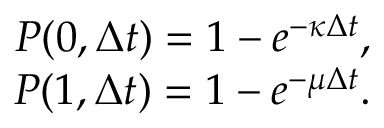
\begin{array} { r } { P ( 0 , \Delta t ) = 1 - e ^ { - \kappa \Delta t } , } \\ { P ( 1 , \Delta t ) = 1 - e ^ { - \mu \Delta t } . } \end{array}